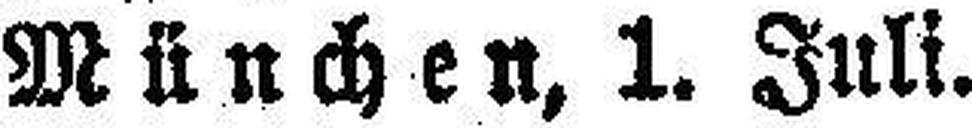
München, 1. Juli.